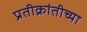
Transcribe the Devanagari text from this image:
प्रतीक्रांतीच्या